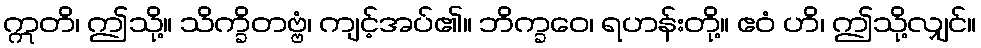
ဣတိ၊ ဤသို့။ သိက္ခိတဗ္ဗံ၊ ကျင့်အပ်၏။ ဘိက္ခဝေ၊ ရဟန်းတို့။ ဧဝံ ဟိ၊ ဤသို့လျှင်။